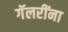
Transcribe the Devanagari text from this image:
गॅलरींना